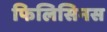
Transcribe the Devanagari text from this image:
फिलिसिनस